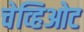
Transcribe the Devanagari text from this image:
चेव्हिओट